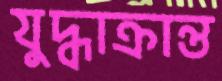
যুদ্ধাক্রান্ত